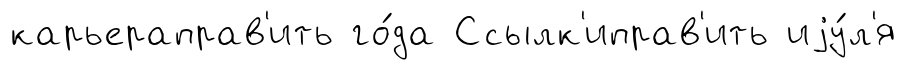
карьераправ'ить го́да Ссылк'иправ'ить иjу́л'я